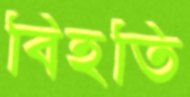
বিহতি